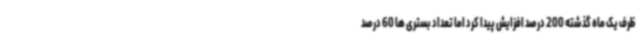
ظرف یک ماه گذشته 200 درصد افزایش پیدا کرد اما تعداد بستری ها 60 درصد